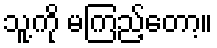
သူ့ကို မကြည့်တော့။